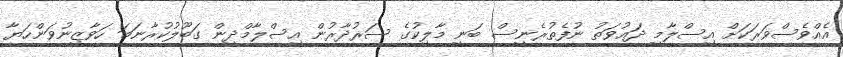
އެއްވެސްވަރަކަށް އިސްލާމީ ދަޢުވަތު ނުފެތުރެނީސް ބަނީ މާލިކުގެ ސަރުދާރުން އިސްލާމްދީން ގަބޫލުކުރާނަމަ ހަވާޒިނުވަންހަޔާ